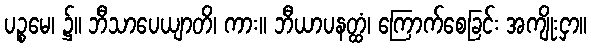
ပဉ္စမေ၊ ၌။ ဘီသာပေယျာတိ၊ ကား။ ဘီယာပနတ္ထံ၊ ကြောက်စေခြင်း အကျိုးငှာ။